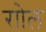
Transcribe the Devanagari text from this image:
राोल